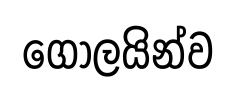
ගෝලයින්ව